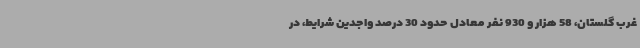
غرب گلستان، 58 هزار و 930 نفر معادل حدود 30 درصد واجدین شرایط، در